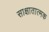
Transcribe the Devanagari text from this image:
साक्षातात्मक